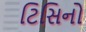
ટિસિનો